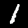
Digit: 1